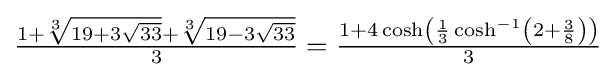
{\textstyle {\frac {1+{\sqrt[{3}]{19+3{\sqrt {33}}}}+{\sqrt[{3}]{19-3{\sqrt {33}}}}}{3}}={\frac {1+4\cosh \left({\frac {1}{3}}\cosh ^{-1}\left(2+{\frac {3}{8}}\right)\right)}{3}}}